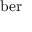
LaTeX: \mathrm { b e r }